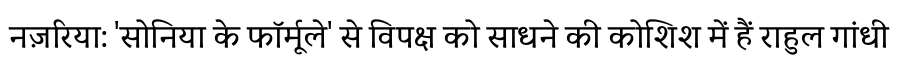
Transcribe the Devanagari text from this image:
नज़रिया: 'सोनिया के फॉर्मूले' से विपक्ष को साधने की कोशिश में हैं राहुल गांधी